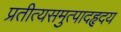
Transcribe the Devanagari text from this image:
प्रतीत्यसमुत्पादहृदय